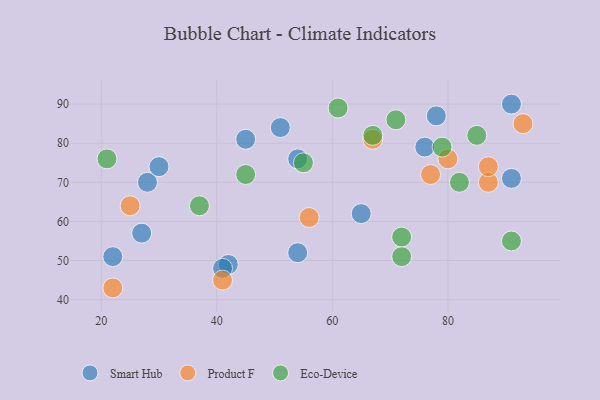
{"axis": {"x": "GDP", "y": "Life Expectancy"}, "legend": ["Eco-Device", "Product F", "Smart Hub"], "data": [{"x": "54", "y": 52, "type": "Smart Hub"}, {"x": "28", "y": 70, "type": "Smart Hub"}, {"x": "45", "y": 81, "type": "Smart Hub"}, {"x": "91", "y": 71, "type": "Smart Hub"}, {"x": "30", "y": 74, "type": "Smart Hub"}, {"x": "76", "y": 79, "type": "Smart Hub"}, {"x": "42", "y": 49, "type": "Smart Hub"}, {"x": "65", "y": 62, "type": "Smart Hub"}, {"x": "54", "y": 76, "type": "Smart Hub"}, {"x": "51", "y": 84, "type": "Smart Hub"}, {"x": "41", "y": 48, "type": "Smart Hub"}, {"x": "22", "y": 51, "type": "Smart Hub"}, {"x": "78", "y": 87, "type": "Smart Hub"}, {"x": "27", "y": 57, "type": "Smart Hub"}, {"x": "91", "y": 90, "type": "Smart Hub"}, {"x": "93", "y": 85, "type": "Product F"}, {"x": "22", "y": 43, "type": "Product F"}, {"x": "87", "y": 70, "type": "Product F"}, {"x": "87", "y": 74, "type": "Product F"}, {"x": "77", "y": 72, "type": "Product F"}, {"x": "25", "y": 64, "type": "Product F"}, {"x": "56", "y": 61, "type": "Product F"}, {"x": "80", "y": 76, "type": "Product F"}, {"x": "67", "y": 81, "type": "Product F"}, {"x": "41", "y": 45, "type": "Product F"}, {"x": "45", "y": 72, "type": "Eco-Device"}, {"x": "91", "y": 55, "type": "Eco-Device"}, {"x": "72", "y": 51, "type": "Eco-Device"}, {"x": "79", "y": 79, "type": "Eco-Device"}, {"x": "85", "y": 82, "type": "Eco-Device"}, {"x": "82", "y": 70, "type": "Eco-Device"}, {"x": "21", "y": 76, "type": "Eco-Device"}, {"x": "71", "y": 86, "type": "Eco-Device"}, {"x": "61", "y": 89, "type": "Eco-Device"}, {"x": "67", "y": 82, "type": "Eco-Device"}, {"x": "72", "y": 56, "type": "Eco-Device"}, {"x": "37", "y": 64, "type": "Eco-Device"}, {"x": "55", "y": 75, "type": "Eco-Device"}]}